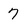
Character: 7